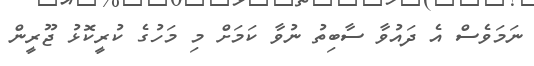
ނަމަވެސް އެ ދައުވާ ސާބިތު ނުވާ ކަމަށް މި މަހުގެ ކުރީކޮޅު ޖޫރީން